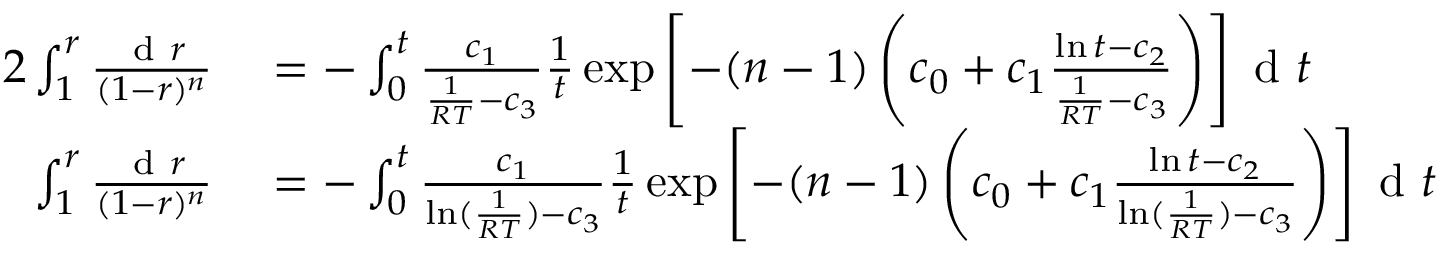
\begin{array} { r l } { { 2 } \int _ { 1 } ^ { r } \frac { \mathrm { ~ d ~ } r } { ( 1 - r ) ^ { n } } } & { { } = - \int _ { 0 } ^ { t } \frac { c _ { 1 } } { \frac { 1 } { R T } - c _ { 3 } } \frac { 1 } { t } \exp \left[ - ( n - 1 ) \left( c _ { 0 } + c _ { 1 } \frac { \ln t - c _ { 2 } } { \frac { 1 } { R T } - c _ { 3 } } \right) \right] \mathrm { ~ d ~ } t } \\ { \int _ { 1 } ^ { r } \frac { \mathrm { ~ d ~ } r } { ( 1 - r ) ^ { n } } } & { { } = - \int _ { 0 } ^ { t } \frac { c _ { 1 } } { \ln ( \frac { 1 } { R T } ) - c _ { 3 } } \frac { 1 } { t } \exp \left[ - ( n - 1 ) \left( c _ { 0 } + c _ { 1 } \frac { \ln t - c _ { 2 } } { \ln ( \frac { 1 } { R T } ) - c _ { 3 } } \right) \right] \mathrm { ~ d ~ } t } \end{array}